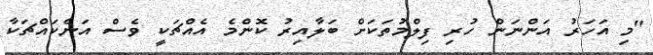
"މި އަހަރު އަންނަން ހުރި ފިލްމުތަކަށް ބަލާއިރު ކޮންމެ އެއްޗަކީ ވެސް އަނެކައްޗަކާ